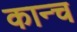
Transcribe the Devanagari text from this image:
कान्च